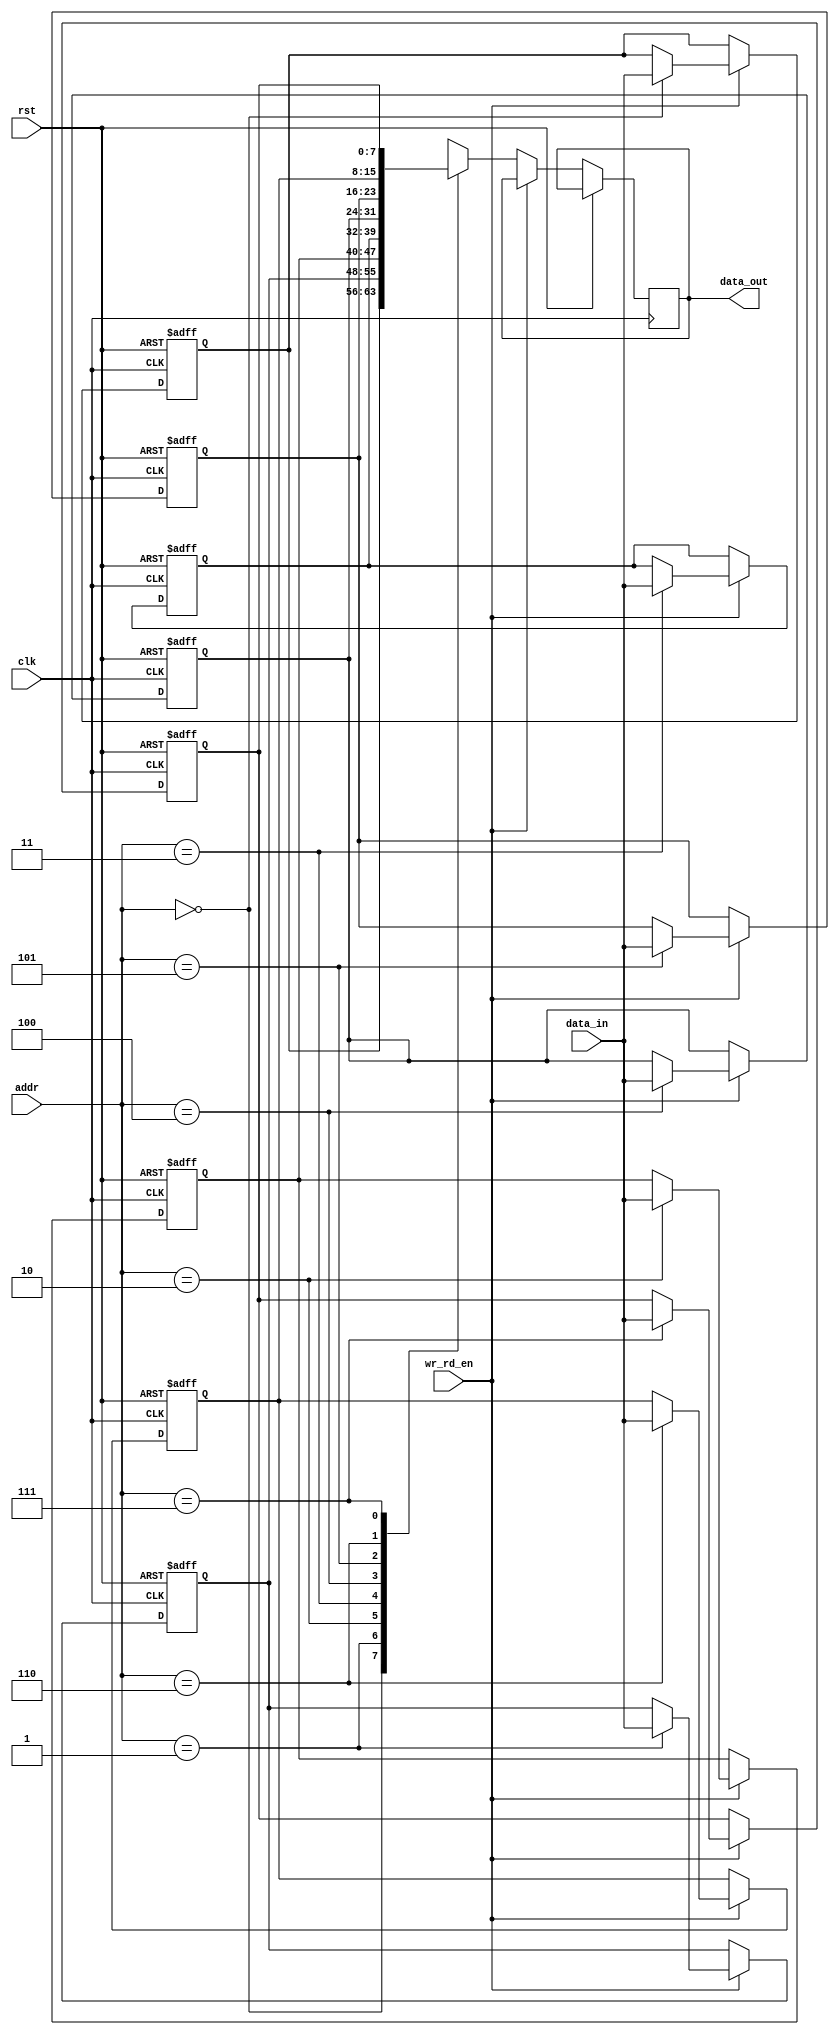
module eight_bit_ram(
		input wire clk,
		input wire rst,
		input wire wr_rd_en,
		input wire [7:0]data_in,
		input wire [2:0]addr,
		output reg [7:0]data_out);
integer i;
reg [7:0]memory[0:7];
always @(posedge clk or posedge rst) begin
	if(rst) begin
		for (i=0; i<8; i=i+1 ) begin
			memory[i]<=8'b0;
		end
	end 
	else begin
		if(wr_rd_en) begin
			memory[addr]<=data_in;
		end
		else begin
			data_out<=memory[addr];
		end
	end
end
endmodule